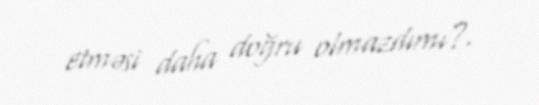
etməsi daha doğru olmazdımı?.